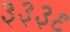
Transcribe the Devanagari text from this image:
३३३९